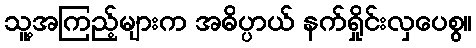
သူ့အကြည့်များက အဓိပ္ပာယ် နက်ရှိုင်းလှပေစွ။